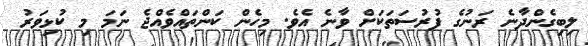
ލިބިގެންދާނެ ރަނުގެ ފުރުސަތަކަށް ވާނެ އެވެ. މިހެން ކަންތައްވެއްޖެ ނަމަ މި ކުޅިވަރު